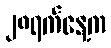
၂၈ရက်နေ့က